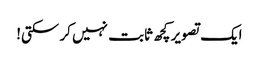
ایک تصویر کچھ ثابت نہیں کر سکتی!